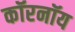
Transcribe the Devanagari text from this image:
कॉरनॉय